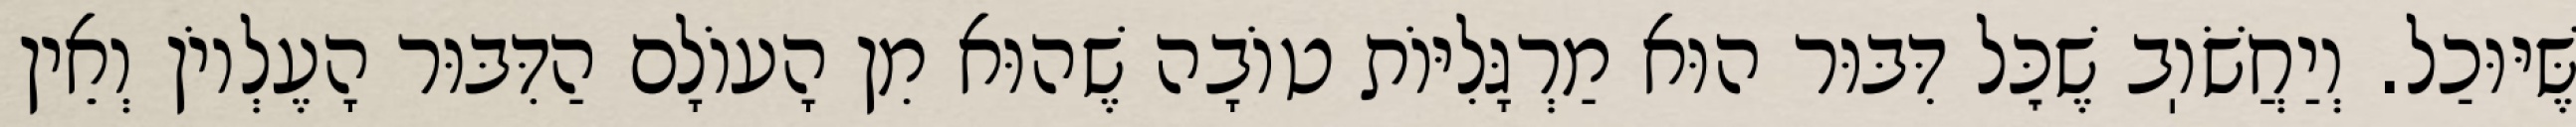
שֶּׁיּוּכַל. וְיַחֲשֹׁוֽב שֶׁכׇּל דִּבּוּר הוּא מַרְגָּלִיּוֹת טוֹבָה שֶׁהוּא מִן הָעוֹלָם הַדִּבּוּר הָעֶלְיוֹן וְאֵין